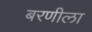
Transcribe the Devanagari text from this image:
बरणीला